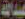
عبداللة